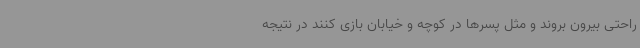
راحتی بیرون بروند و مثل پسرها در کوچه و خیابان بازی کنند در نتیجه